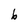
Character: b